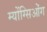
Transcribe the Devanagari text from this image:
म्योंग्सिओंग